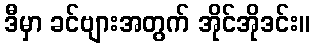
ဒီမှာ ခင်ဗျားအတွက် အိုင်အိုဒင်း။